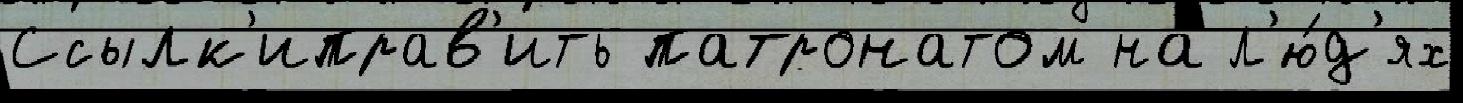
Ссылк'иправ'ить патронатом на л'ю́д'ях